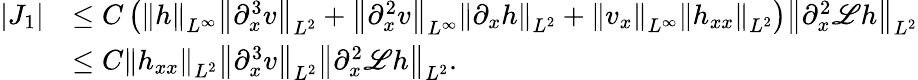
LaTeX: \begin{array}{rl}{|J_{1}|}&{\leq C\left(\left\| h\right\| _{L^{\infty}}\left\| \partial_{x}^{3}v\right\| _{L^{2}}+\left\| \partial_{x}^{2}v\right\| _{L^{\infty}}\left\| \partial_{x}h\right\| _{L^{2}}+\left\| v_{x}\right\| _{L^{\infty}}\left\| h_{xx}\right\| _{L^{2}}\right)\left\| \partial_{x}^{2}\mathscr{L}h\right\| _{L^{2}}}\\ &{\leq C\left\| h_{xx}\right\| _{L^{2}}\left\| \partial_{x}^{3}v\right\| _{L^{2}}\left\| \partial_{x}^{2}\mathscr{L}h\right\| _{L^{2}}.}\end{array}